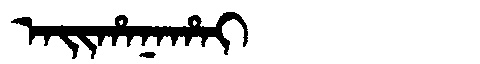
Manchu: ᠠᡳᡥᠠᠨᠠᡥᠠᡳ
Romanization: AIHANAHAI